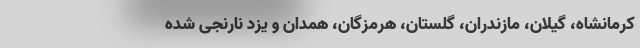
کرمانشاه، گیلان، مازندران، گلستان، هرمزگان، همدان و یزد نارنجی شده